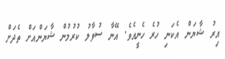
އިރު ޝާޔަން އެކަނި ހުރެ ހެނީއެވެ. އޭނާ ސުވާލު ކުރުމުން ޝާޔަންއަށް ތެދަށް